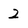
Character: 2